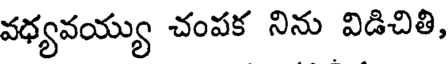
వధ్యవయ్యు చంపక నిను విడిచితి,